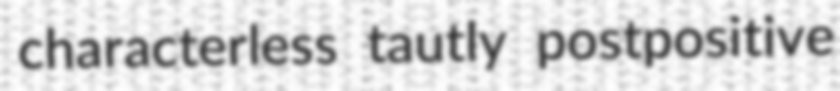
characterless tautly postpositive